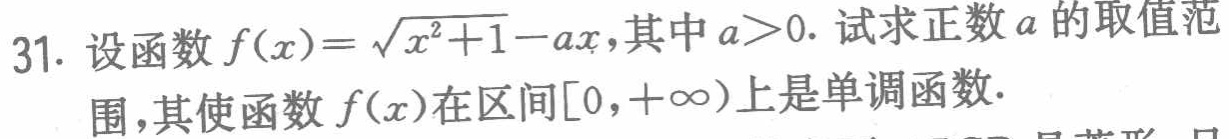
31. 设函数\(f(x)=\sqrt{x^{2}+1}-ax\)，其中\(a > 0\). 试求正数\(a\)的取值范围，其使函数\(f(x)\)在区间\([0,+\infty)\)上是单调函数.